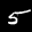
Label: 5